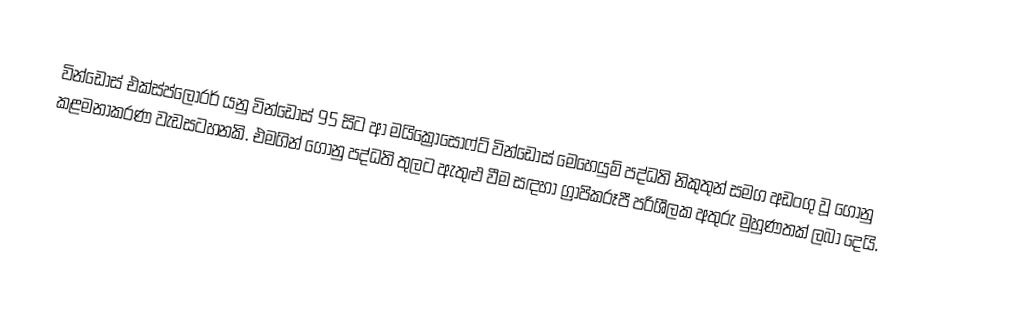
වින්ඩෝස් එක්ස්ප්ලෝරර් යනු වින්ඩෝස් 95 සිට ආ මයික්‍රොසොෆ්ට් වින්ඩෝස් මෙහෙයුම් පද්ධති නිකුතුන් සමග අඩංගු වූ ගොනු කළමනාකරණ වැඩසටහනකි. එමගින් ගොනු පද්ධති තුලට ඇතුළු වීම සඳහා ග්‍රාපිකරූපී පරිශීලක අතුරු මුහුණතක් ලබා දෙයි.